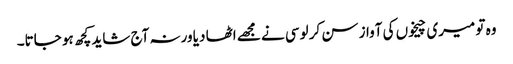
وہ تو میری چیخوں کی آواز سن کر لوسی نے مجھے اٹھا دیا ورنہ آج شاید کچھ ہو جاتا۔